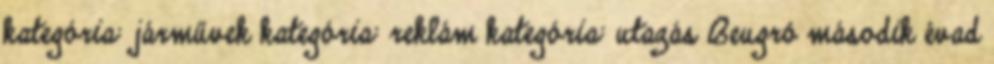
kategória: járművek kategória: reklám kategória: utazás Beugró második évad